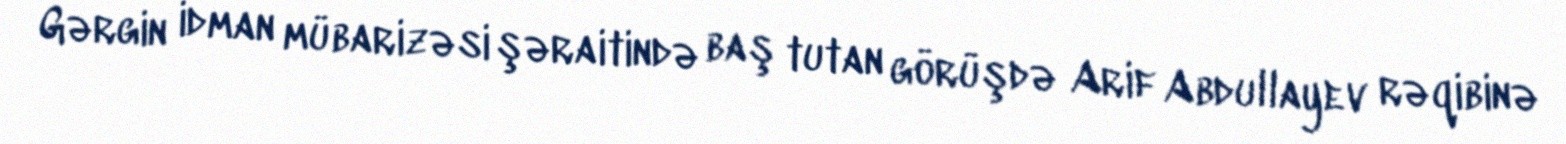
Gərgin idman mübarizəsi şəraitində baş tutan görüşdə Arif Abdullayev rəqibinə